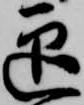
迎